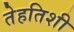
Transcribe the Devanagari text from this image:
तेहतिशी